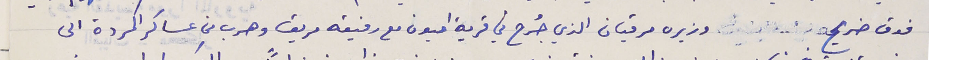
فوق ضريح              وزيره مرقيان الذي جُرح في قرية اميون مع رفيقه مريق وهرب من عساكر المردة الى